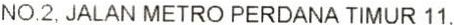
NO.2, JALAN METRO PERDANA TIMUR 11.